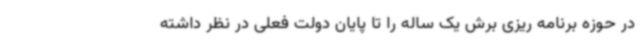
در حوزه برنامه ریزی برش یک ساله را تا پایان دولت فعلی در نظر داشته